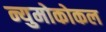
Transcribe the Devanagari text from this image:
न्युमोकोकल